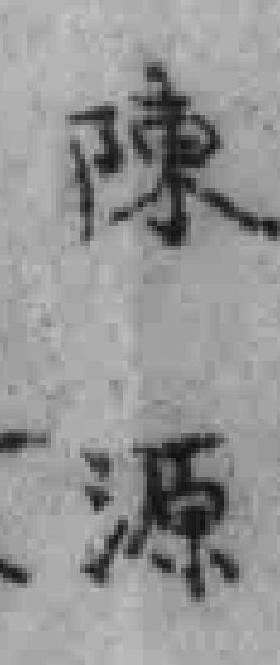
陳源